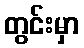
တွင်းမှာ